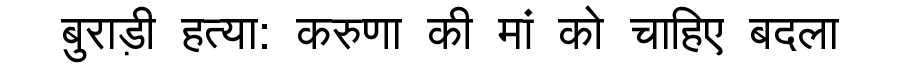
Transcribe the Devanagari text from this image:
बुराड़ी हत्या: करुणा की मां को चाहिए बदला